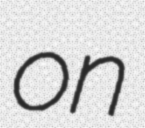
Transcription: on